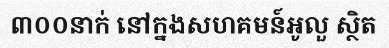
៣០០នាក់ នៅក្នងសហគមន៍អូលួ ស្ថិត